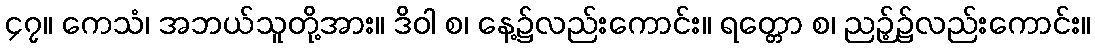
၄၇။ ကေသံ၊ အဘယ်သူတို့အား။ ဒိဝါ စ၊ နေ့၌လည်းကောင်း။ ရတ္တော စ၊ ညဉ့်၌လည်းကောင်း။